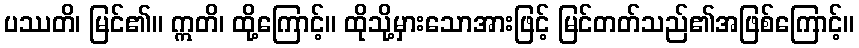
ပဿတိ၊ မြင်၏။ ဣတိ၊ ထို့ကြောင့်။ ထိုသို့မှားသောအားဖြင့် မြင်တတ်သည်၏အဖြစ်ကြောင့်။